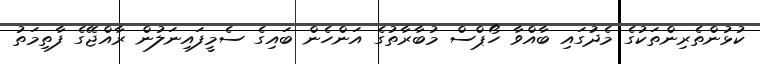
ކުޅުންތެރިންތަކުގެ މެދުަގައި ބާއްވާ ހޯޕްސް މުބާރާތުގެ އަންހެން ބައިގެ ސެމީފައިނަލުން ރާއްޖޭގެ ފާތިމަތު